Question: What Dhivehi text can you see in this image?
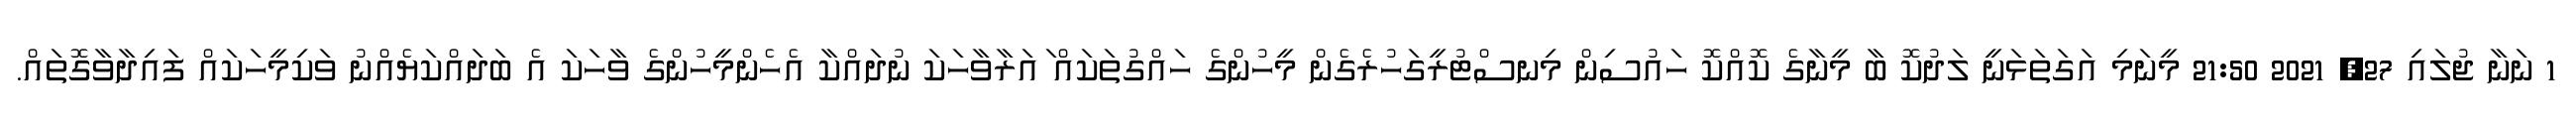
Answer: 1 ނަނާ ޖުލައި 27, 2021 21:50 މީނަމި އަގަތަޅަނީ ލަދުކޮ ބާ މީނާގެ ކޮއްކޮ ހައުސިން މިނސްޓުރީގަހުރެގެން މީހުންގެ ހައްގުތަކައް ައަރާވާހަކަ ނުދައްކާ އެހެންމީހުންގެ ވާހަކަ އެ ބަދައްކަޔެއްނު ވަކިމީހަކައް ފައިދާވާގޮތައް.